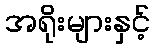
အရိုးများနှင့်